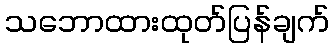
သဘောထားထုတ်ပြန်ချက်